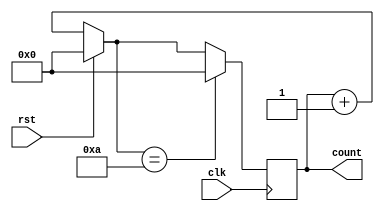
module dec(rst,clk,count);
  input rst,clk;
  output reg [3:0]count;
  
  always@(posedge clk)begin
   
    if(rst)
      count=4'b0;
    else
      count=count+1;
    if(count==4'b1010)
      count=4'b0000;
  end
endmodule